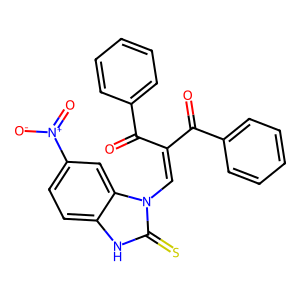
SMILES: O=C(C(=Cn1c(=S)[nH]c2ccc([N+](=O)[O-])cc21)C(=O)c1ccccc1)c1ccccc1
Inhibits HIV replication: No